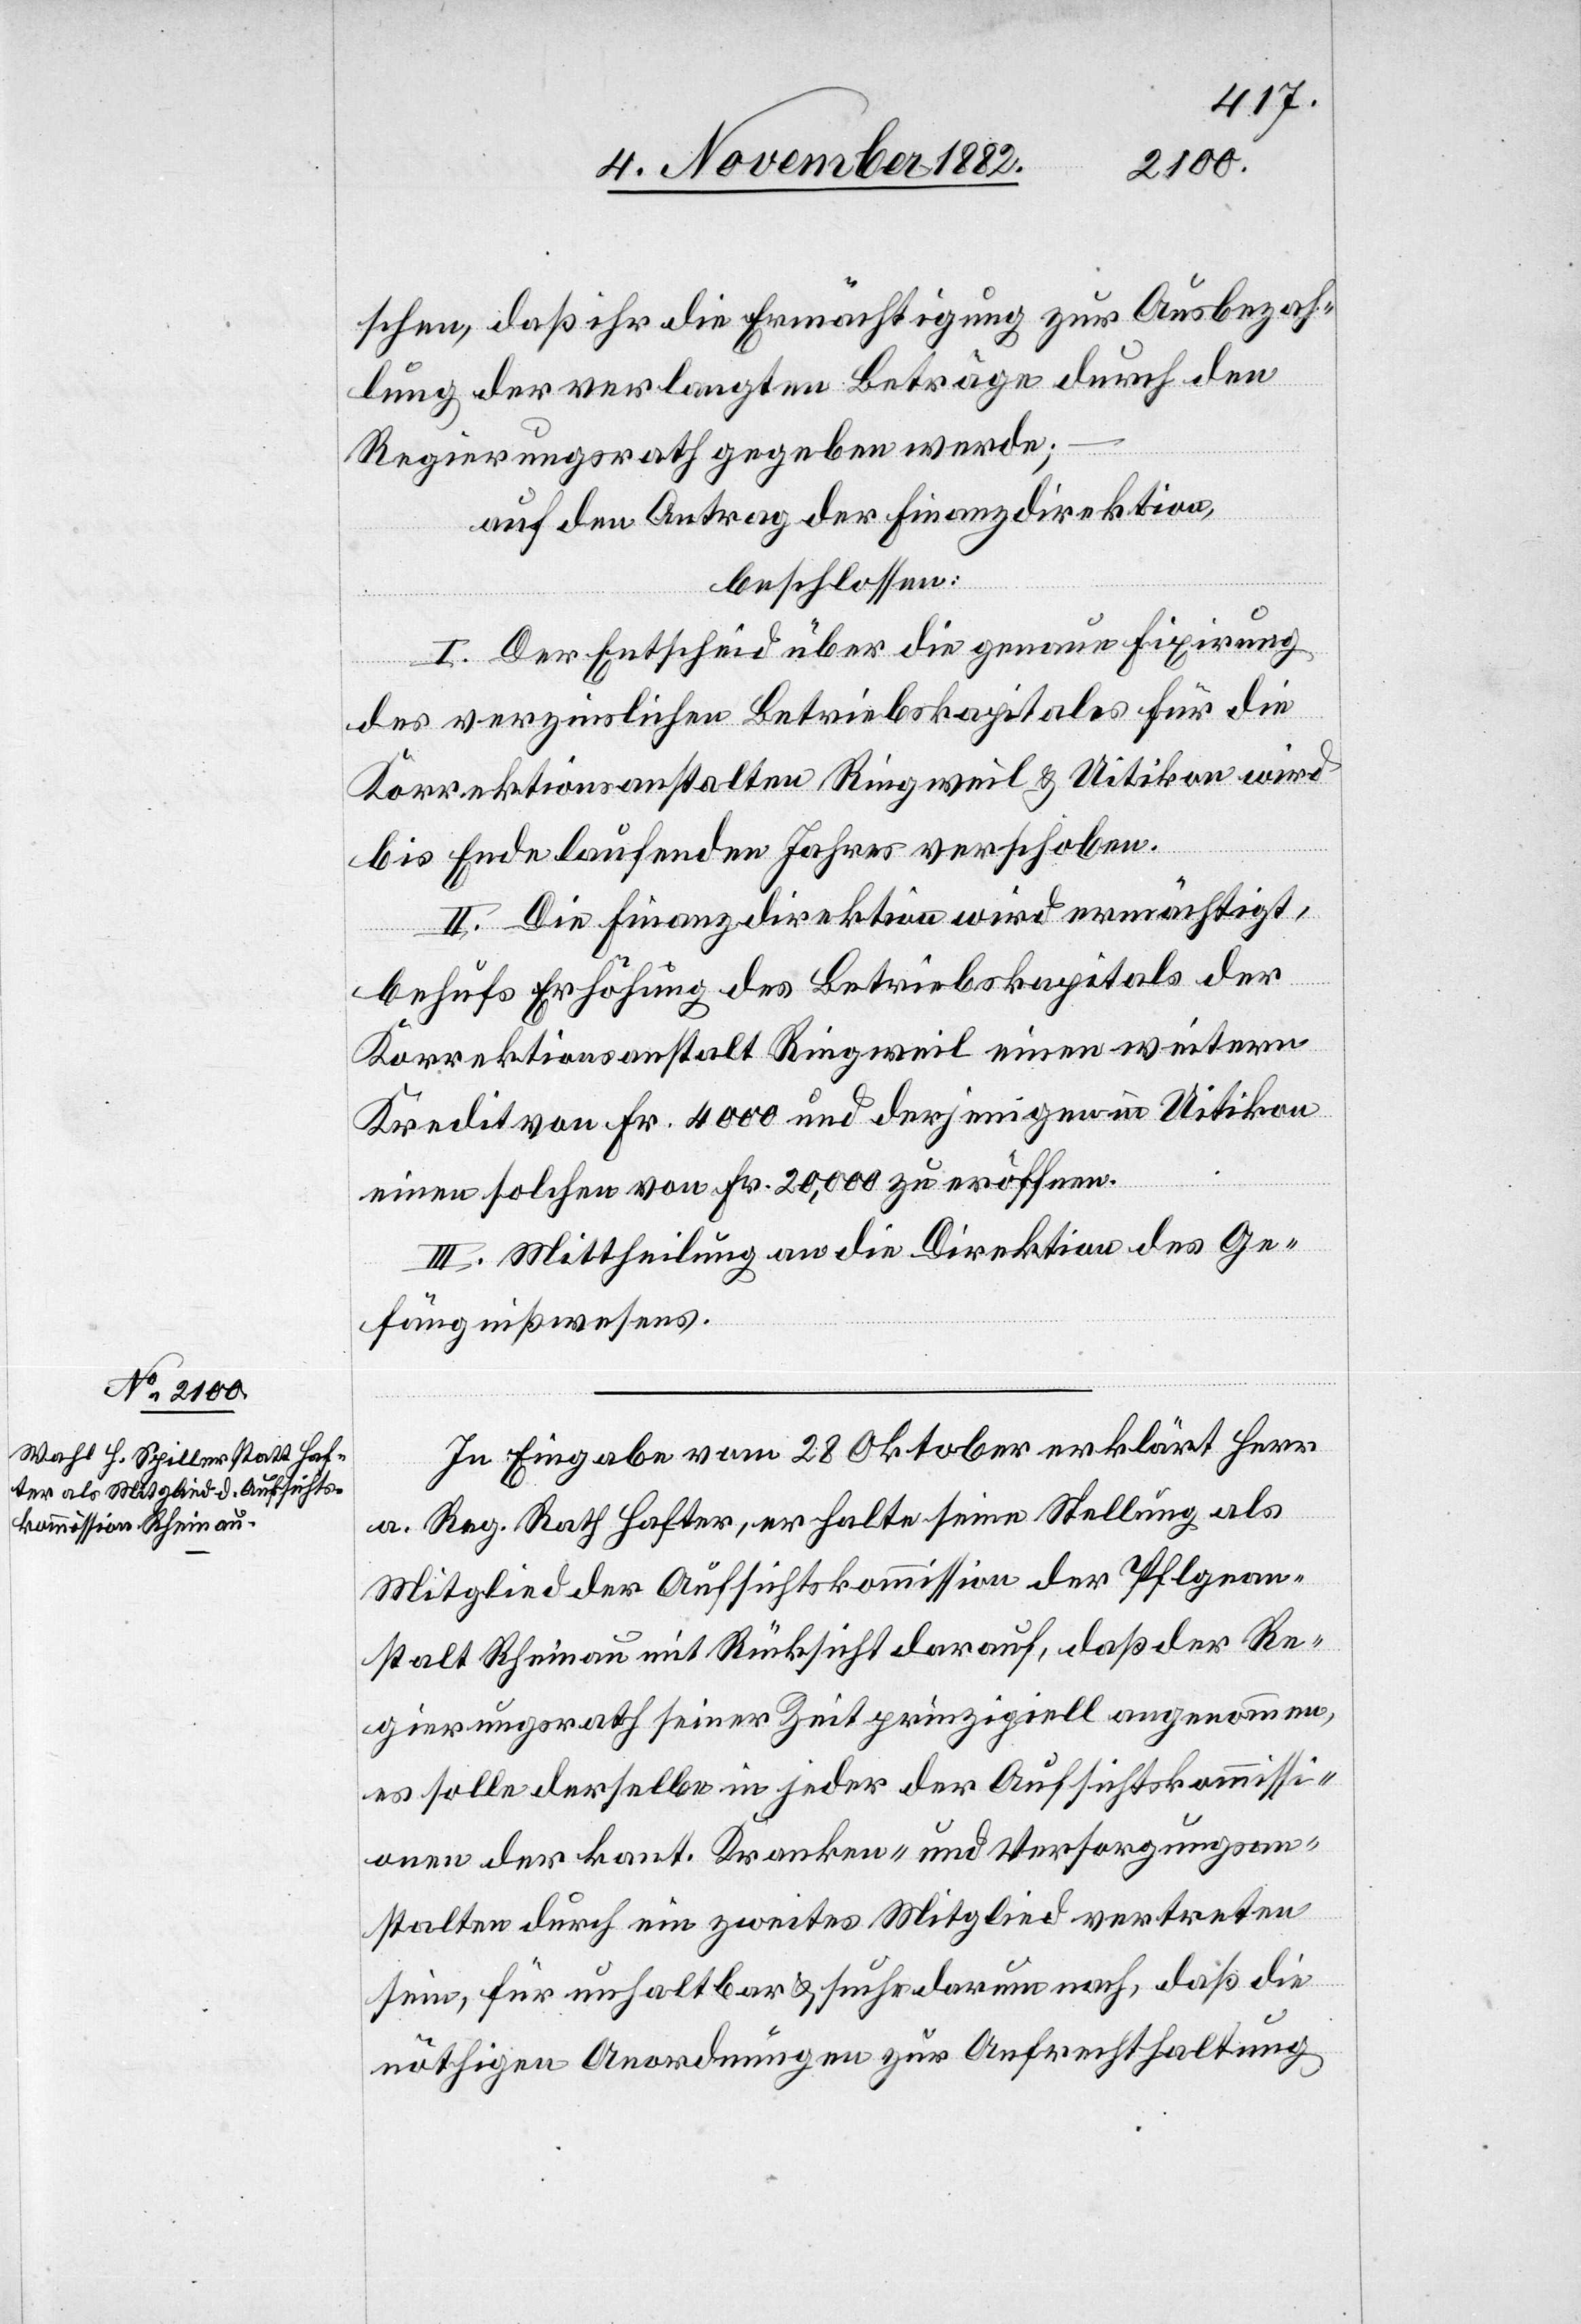
schen, daß ihr die Ermächtigung zur Ausbezah¬
lung der verlangten Beträge durch den
ommissi¬
Regierungsrath gegeben werde;
auf den Antrag der Finanzdirektion,
beschlossen:
I. Der Entscheid über die genaue Fixirung
des verzinslichen Betriebskapitals für die
Korrektionsanstalten Ringweil & Uitikon wird
bis Ende des laufenden Jahres verschoben.
II. Die Finanzdirektion wird ermächtigt,
behufs Erhöhung des Betriebskapitals der
Korrektionsanstalt Ringweil einen weitern
Kredit von Fr. 4000 und derjenigen in Uitikon
einen solchen von Fr. 20,000 zu eröffnen.
III. Mittheilung an die Direktion des Ge¬
fängnißwesens.
In Eingabe vom 28. Oktober erklärt Herr
a. Reg. Rath Hafter, er halte seine Stellung als
Mitglied der Aufsichtskommission der Pflegean¬
stalt Rheinau mit Rücksicht darauf, daß der Re¬
gierungsrath seiner Zeit prinzipiell angenommen,
es solle derselbe in jeder der Aufsichtskommissi¬
onen der kant. Kranken- und Versorgungsan¬
stalten durch ein zweites Mitglied vertreten
sein, für unhaltbar & suche darum nach, daß die
nöthigen Anordnungen zur Aufrechthaltung